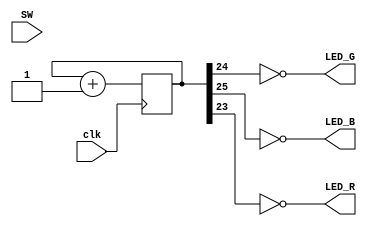
// This program was cloned from: https://github.com/damdoy/ice40_ultraplus_examples
// License: Mozilla Public License 2.0

//light up the leds according to a counter to cycle through every one

module top(input [3:0] SW, input clk, output LED_R, output LED_G, output LED_B);
   reg [25:0] counter;

   assign LED_R = ~counter[23];
   assign LED_G = ~counter[24];
   assign LED_B = ~counter[25];

   initial begin
      counter = 0;
   end

   always @(posedge clk)
   begin
      counter <= counter + 1;
   end
endmodule // top